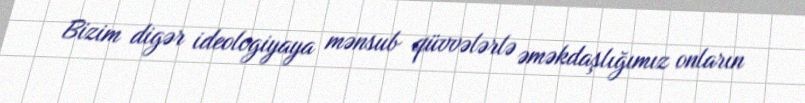
Bizim digər ideologiyaya mənsub qüvvələrlə əməkdaşlığımız onların